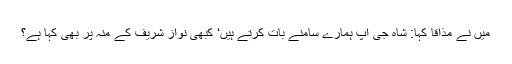
میں نے مذاقاً کہا: شاہ جی آپ ہمارے سامنے بات کرتے ہیں‘ کبھی نواز شریف کے منہ پر بھی کہا ہے؟